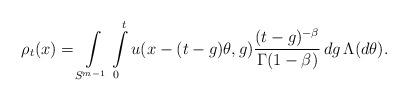
LaTeX: \begin{align*} \rho_t(x) = \int\limits_{S^{m-1}} \int\limits_0^t u(x-(t-g)\theta,g) \frac{(t-g)^{-\beta}}{\Gamma(1-\beta)}\,dg\, \Lambda(d\theta).\end{align*}